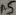
Text: A5